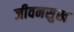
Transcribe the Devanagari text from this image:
जीवनसुख